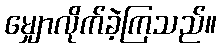
မျှောလိုက်ခဲ့ကြသည်။